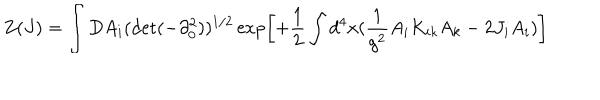
Z ( J ) = \int D A _ { i } ( \det ( - \partial _ { 0 } ^ { 2 } ) ) ^ { 1 / 2 } \exp \left[ + \frac { 1 } { 2 } \int d ^ { 4 } x ( \frac { 1 } { g ^ { 2 } } A _ { i } K _ { i k } A _ { k } - 2 J _ { i } A _ { i } ) \right]